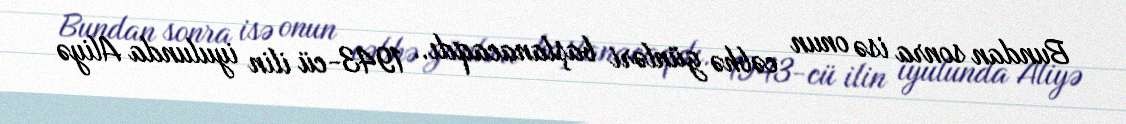
Bundan sonra isə onun cəbhə günləri başlanacaqdı.. 1943-cü ilin iyulunda Aliyə